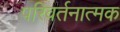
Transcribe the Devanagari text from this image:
परिवर्तनात्मक